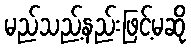
မည်သည့်နည်းဖြင့်မဆို